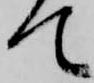
て